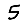
Digit: 5